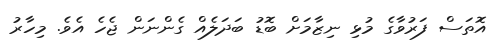
އޮތަސް ފަރުވާގެ މުޅި ނިޒާމަށް ބޮޑު ބަދަލެެއް ގެންނަން ޖެހެ އެވެ. މިހާރު